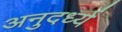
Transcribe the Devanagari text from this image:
अनुदर्ध्य